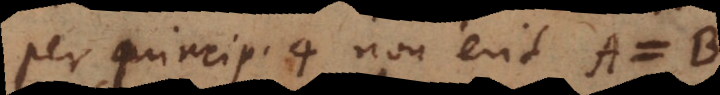
per princip. 4 non erit A = B.